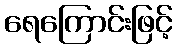
ရေကြောင်းဖြင့်